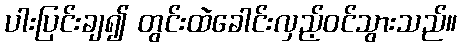
ပါးပြင်းချ၍ တွင်းထဲခေါင်းလှည့်ဝင်သွားသည်။